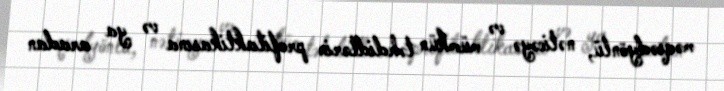
məqsədyönlü, nəticəyə və mümkün təhdidlərin profilaktikasına və ya aradan